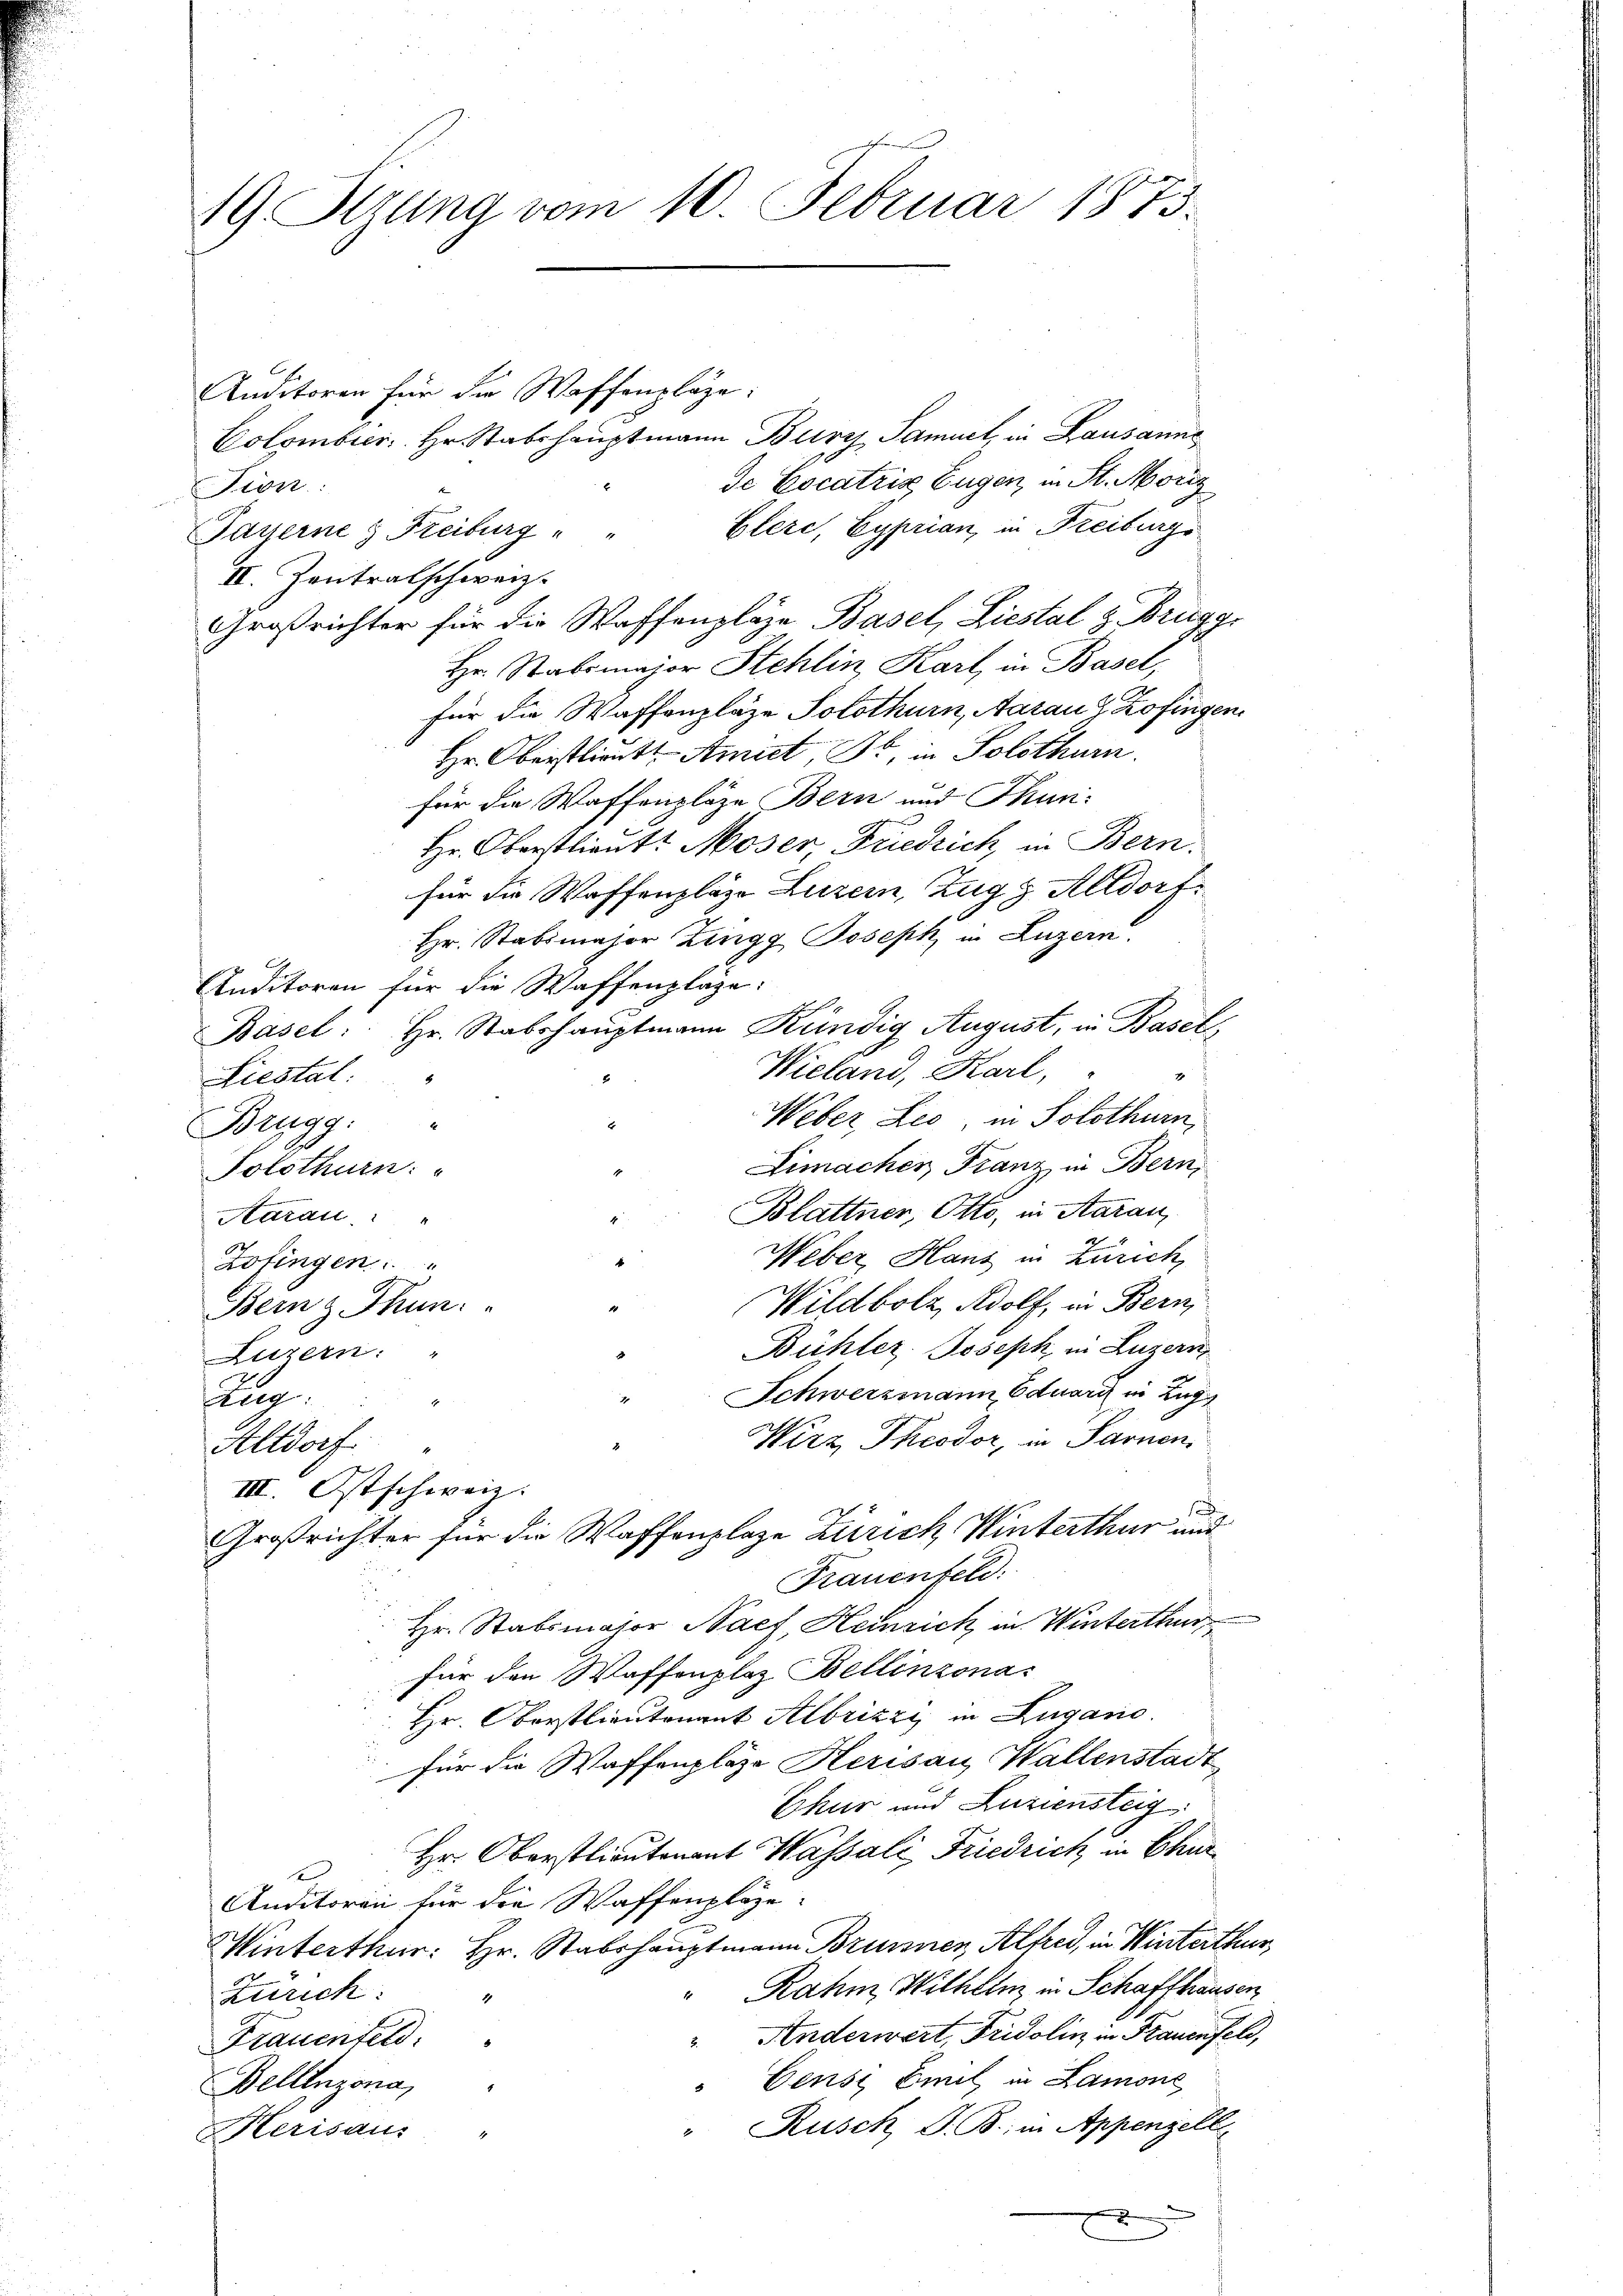
19. Sitzung vom 10. Februar 1873.

Auditoren für die Waffenpläge:
Colombier. Hr. Stabshauptmann Bury, Samuel, in Lausanne
de Cocatrix Eugen, in St. Moriz
 Pion
Elere, Cyprian, in Freiburgs
Payerne & Reiburg " "
II. Zentralschweiz.
Großrichter für die Waffenpläge Basel, Liestal z. Brugg
Hr. Stabsmajor Stehlin Karl in Basel,
für die Waffenpläge Solothurn, Aarau & Zofingen
Hr. Oberstlieutt Amiet, Dr. in Solothurn.
für die Waffenpläge Bern und Thun¬
Hr. Oberstlieut. Moser Friedrich, in Bern.
für die Waffenplaze Luzern, Zug g Altdorf
Hr. Stabsmajor Zingg Joseph in Luzern.
Auditoren für die Waffenpläge:
Basel: Hr. Stabshauptmann Kündig August, in Basel,
Wieland, Karl,
x
Liestal:
Weber Leo, in Solothurn
Brugg.
Limacher Franz in Bern,
Solothurn:
Blattner, Otto, in Aarau
Aarau
.
Weber, Hans in Zürich,
Zofingen.
Wildbolz, Adolf, in Bern,
Bern z Thun.
Bühler, Joseph in Luzern
Luzern.
Schwerzmann Eduard in Zugs
2
zig:
Wirz Theodor, in Sarnen.
Altdorf.
III. Ostschweiz.
.
Großrichter für die Waffenplaze Zürich Winterthur und
Frauenfeld:
Hr. Stabsmajor Nach, Heinrich in Winterthur
für den Waffenplaz Bellinzona
Hr. Oberstlieutenant Albrizzi in Zugano.
für die Waffenplaze Herisau, Wallenstadt
Ekur und Luziensteig.
Hr. Oberstlieutenant Wassali, Friedrich, in Chur¬
1
Anditoren für die Waffenpläge
Winterthur: Hr. Stabshauptmann Brunnen, Alfred, in Winterthur,
" Rahm, Wilhelm in Schaffhausen
Zürich:
Anderwert, Fridolin in Frauenfeld,
Frauenfeld.
Censi Emil in Lamone
Bellinzona,
Rusch G. B. in Appenzell
Herisaus
e